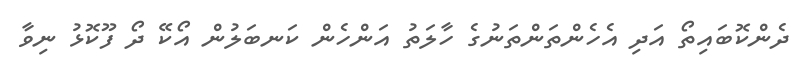
ދެންކޮބައިތޯ އަދި އެހެންތަންތަނުގެ ހާލަތު އަންހެން ކަނބަލުން އޯކޭ ދޯ ފޫކޮޅު ނިވާ